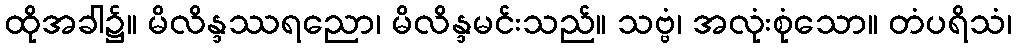
ထိုအခါ၌။ မိလိန္ဒဿရညော၊ မိလိန္ဒမင်းသည်။ သဗ္ဗံ၊ အလုံးစုံသော။ တံပရိသံ၊